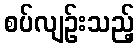
စပ်လျဉ်းသည့်